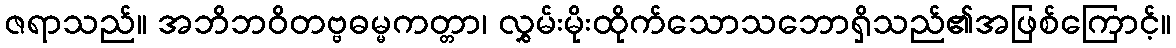
ဇရာသည်။ အဘိဘဝိတဗ္ဗဓမ္မကတ္တာ၊ လွှမ်းမိုးထိုက်သောသဘောရှိသည်၏အဖြစ်ကြောင့်။